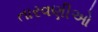
તારવણીઓ